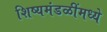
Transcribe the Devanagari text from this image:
शिष्यमंडळींमध्ये